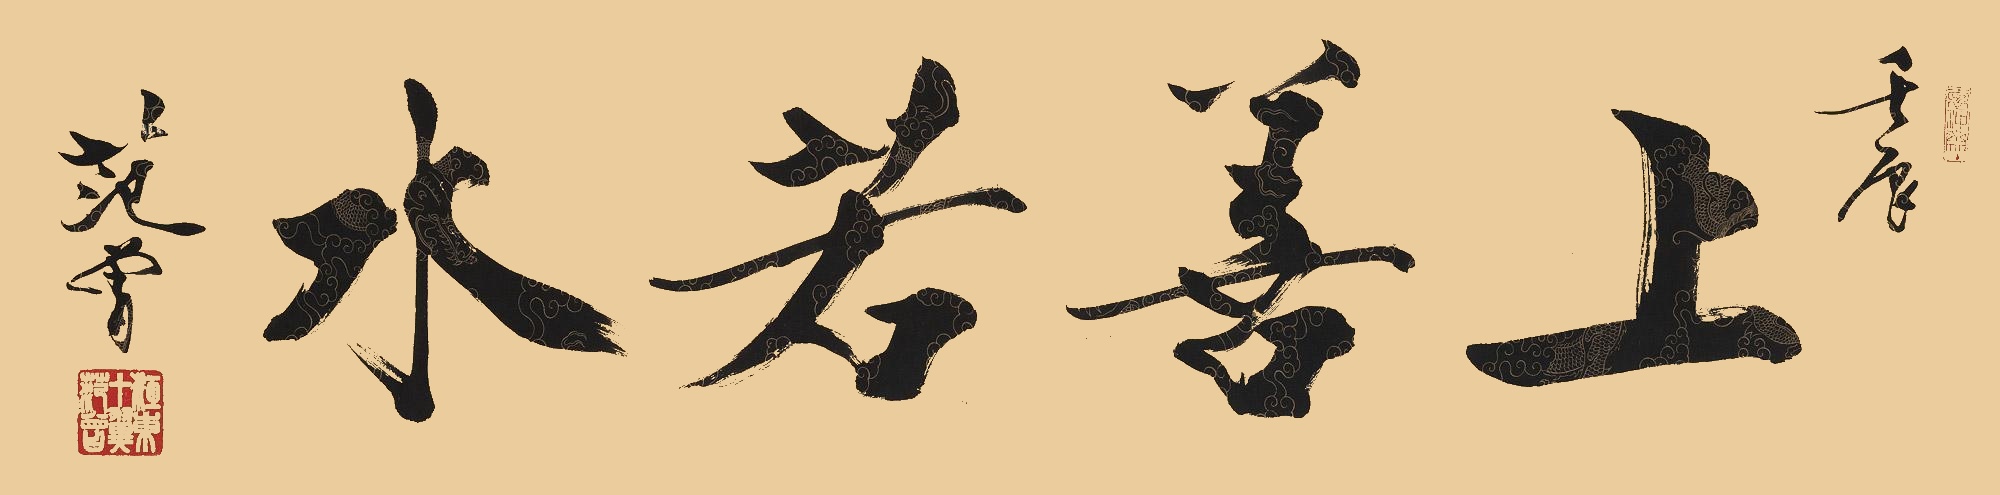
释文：上善若水壬辰，范曾。